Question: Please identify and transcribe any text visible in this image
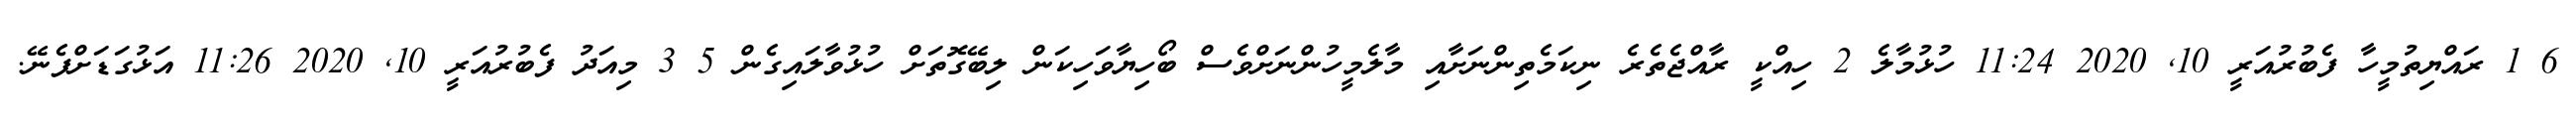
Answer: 6 1 ރައްޔިތުމީހާ ފެބުރުއަރީ 10, 2020 11:24 ހުޅުމާލެ 2 ހިއްކީ ރާއްޖެތެރެ ނިކަމެތިންނަށާއި މާލެމީހުންނަށްވެސް ބޯހިޔާވަހިކަން ލިބޭގޮތަށް ހުޅުވާލައިގެން 5 3 މިއަދު ފެބުރުއަރީ 10, 2020 11:26 އަޅުގަޑަށްފެނޭ.